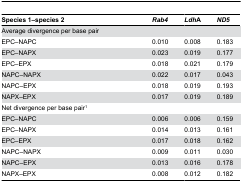
<table><thead><tr><td><b>Species 1–species 2</b></td><td><b><i>Rab4</i></b></td><td><b><i>Ldh</i>A</b></td><td><b><i>ND5</i></b></td></tr></thead><tbody><tr><td>Average divergence per base pair</td><td></td><td></td><td></td></tr><tr><td>EPC–NAPC</td><td>0.010</td><td>0.008</td><td>0.183</td></tr><tr><td>EPC–NAPX</td><td>0.023</td><td>0.019</td><td>0.177</td></tr><tr><td>EPC–EPX</td><td>0.018</td><td>0.021</td><td>0.179</td></tr><tr><td>NAPC–NAPX</td><td>0.022</td><td>0.017</td><td>0.043</td></tr><tr><td>NAPC–EPX</td><td>0.018</td><td>0.019</td><td>0.193</td></tr><tr><td>NAPX–EPX</td><td>0.017</td><td>0.019</td><td>0.189</td></tr><tr><td>Net divergence per base pair<sup>1</sup></td><td></td><td></td><td></td></tr><tr><td>EPC–NAPC</td><td>0.006</td><td>0.006</td><td>0.159</td></tr><tr><td>EPC–NAPX</td><td>0.014</td><td>0.013</td><td>0.161</td></tr><tr><td>EPC–EPX</td><td>0.017</td><td>0.018</td><td>0.162</td></tr><tr><td>NAPC–NAPX</td><td>0.009</td><td>0.011</td><td>0.030</td></tr><tr><td>NAPC–EPX</td><td>0.013</td><td>0.016</td><td>0.178</td></tr><tr><td>NAPX–EPX</td><td>0.008</td><td>0.012</td><td>0.182</td></tr></tbody></table>